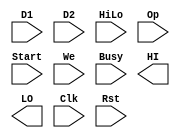
module md(D1,D2,HiLo,Op,Start,We,Busy,HI,LO,Clk,Rst);
   input          Clk,Rst,HiLo,Start,We,Busy;
	input  [1:0]   Op;
   input  [31:0]  D1,D2;
   output [31:0]  HI,LO;
	reg    [31:0]  HI,LO;
	wire   [63:0]  prod;
   wire   [65:0]  produ;
    
   assign  prod =  {{32{D1[31]}},D1}*{{32{D2[31]}},D2} , produ =  {1'b0,D1}*{1'b0,D2} ;
   integer i;
   

endmodule